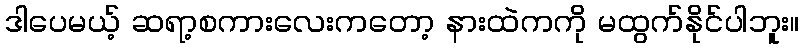
ဒါပေမယ့် ဆရာ့စကားလေးကတော့ နားထဲကကို မထွက်နိုင်ပါဘူး။